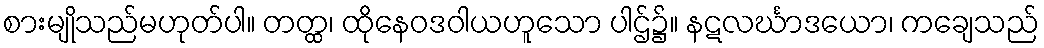
စားမျိုသည်မဟုတ်ပါ။ တတ္ထ၊ ထိုနေဝဒဝါယဟူသော ပါဌ်၌။ နဋလင်္ဃာဒယော၊ ကချေသည်